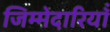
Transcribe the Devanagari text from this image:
जिम्मेदारियॉं